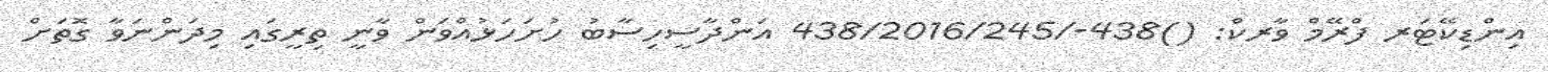
އިންޑިކޭޓަރ ފްރޭމް ވާރކް: ()438-/438/2016/245 އަންދާސީހިސާބު ހުށަހަޅުއްވަން ވާނީ ތިރީގައި މިދަންނަވާ ގޮތަށް